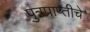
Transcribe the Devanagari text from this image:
पुत्रप्राप्‍तीचे